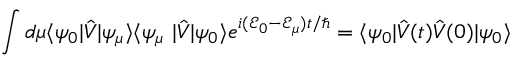
\int d \mu \langle \psi _ { 0 } | \hat { V } | \psi _ { \mu } \rangle \langle \psi _ { \mu } \ | \hat { V } | \psi _ { 0 } \rangle e ^ { i ( \mathcal { E } _ { 0 } - \mathcal { E } _ { \mu } ) t / \hbar } = \langle \psi _ { 0 } | \hat { V } ( t ) \hat { V } ( 0 ) | \psi _ { 0 } \rangle